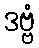
ဒဗ္ဗံ